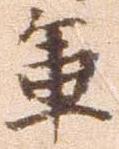
軍